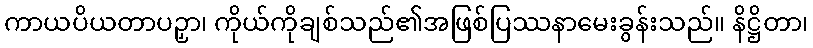
ကာယပိယတာပဉှာ၊ ကိုယ်ကိုချစ်သည်၏အဖြစ်ပြဿနာမေးခွန်းသည်။ နိဋ္ဌိတာ၊